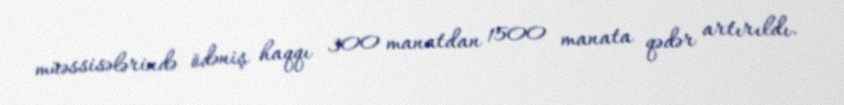
müəssisələrində ödəniş haqqı 300 manatdan 1500 manata qədər artırıldı.